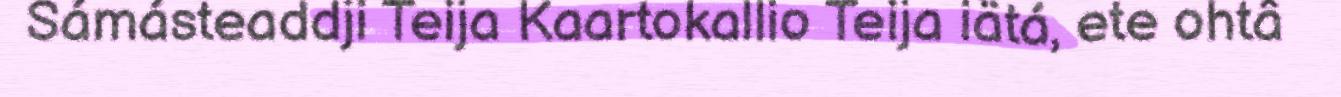
Sámásteaddji Teija Kaartokallio Teija iätá, ete ohtâ